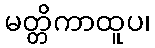
မတ္တိကာထူပ၊